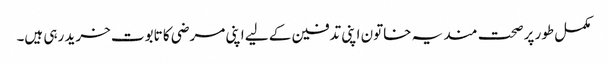
مکمل طور پر صحت مند یہ خاتون اپنی تدفین کے لیے اپنی مرضی کا تابوت خرید رہی ہیں۔